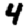
Digit: 4